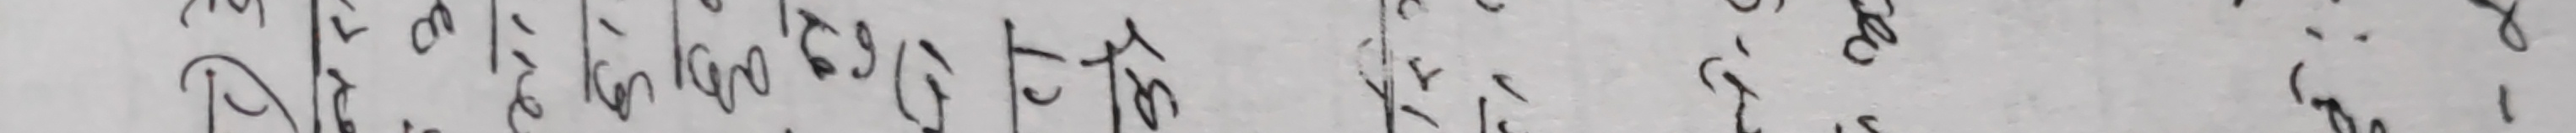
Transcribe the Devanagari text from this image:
दिने, आजको लागि यो एउटा